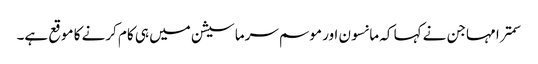
سمترا مہاجن نے کہا کہ مانسون اور موسم سرما سیشن میں ہی کام کرنے کا موقع ہے۔